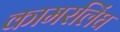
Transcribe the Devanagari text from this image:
कामरलिंघ